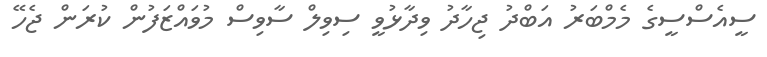
ސީއެސްސީގެ މެމްބަރު އަބްދު ޖިހާދު ވިދާޅުވީ ސިވިލް ސާވިސް މުވައްޒަފުން ކުރަން ޖެހޭ